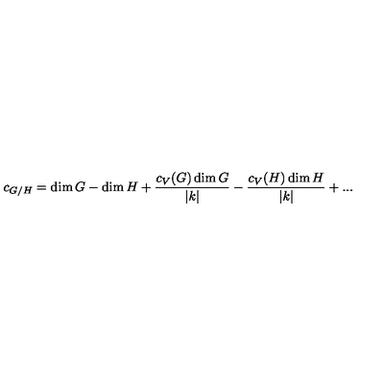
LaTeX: c _ { G / H } = \dim G - \dim H + { \frac { c _ { V } ( G ) \dim G } { | k | } } - { \frac { c _ { V } ( H ) \dim H } { | k | } } + . . .